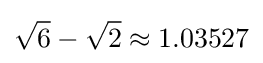
{\sqrt {6}}-{\sqrt {2}}\approx 1.03527